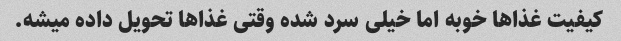
کیفیت غذاها خوبه اما خیلی سرد شده وقتی غذاها تحویل داده میشه.